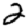
Digit: 2